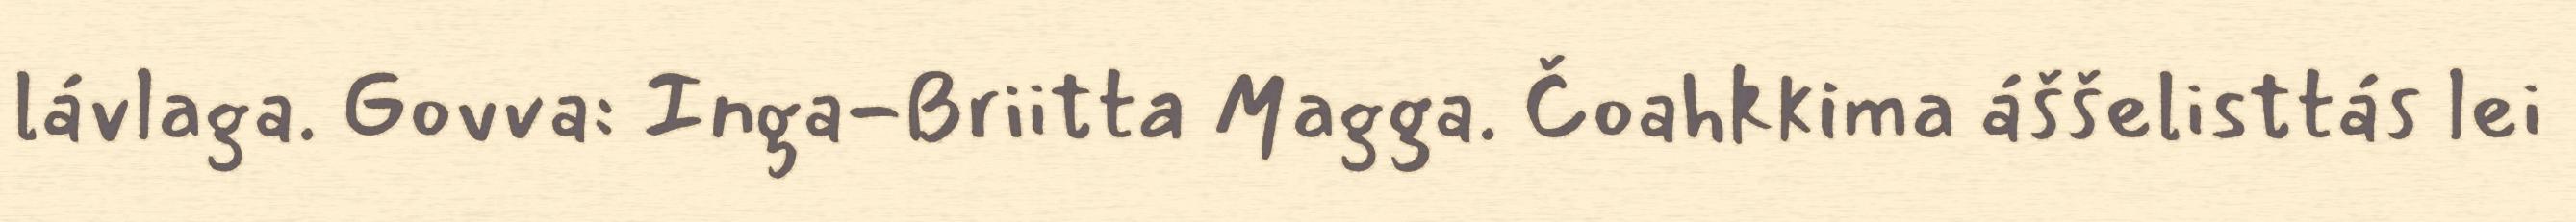
lávlaga. Govva: Inga-Briitta Magga. Čoahkkima áššelisttás lei